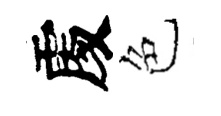
𠁅色